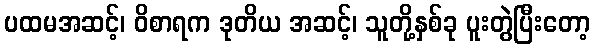
ပထမအဆင့်၊ ဝိစာရက ဒုတိယ အဆင့်၊ သူတို့နှစ်ခု ပူးတွဲပြီးတော့